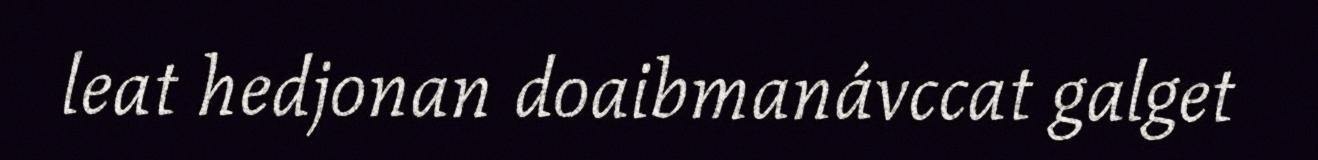
leat hedjonan doaibmanávccat galget